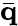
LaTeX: \bar{\mathbf q}